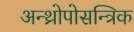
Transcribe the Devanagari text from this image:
अन्थ्रोपोसन्त्रिक